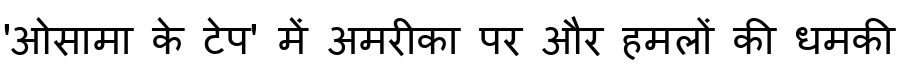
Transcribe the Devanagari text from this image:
'ओसामा के टेप' में अमरीका पर और हमलों की धमकी